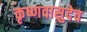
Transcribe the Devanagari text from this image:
कृष्णवासुदेव